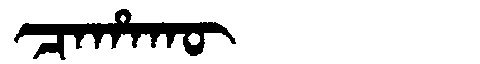
Manchu: ᠴᠠᡥᠠᡴᡡ
Romanization: CAHAKŪ